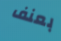
بعنف